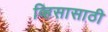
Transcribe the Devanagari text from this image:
व्हिसासाठी